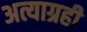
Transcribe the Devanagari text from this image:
अत्याग्रही